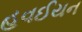
હવઈયન